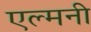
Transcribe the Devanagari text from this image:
एल्मनी